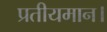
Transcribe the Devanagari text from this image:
प्रतीयमान।